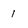
Character: 1